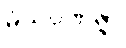
မံသဝဏိဇ္ဇာ